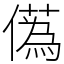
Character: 儰